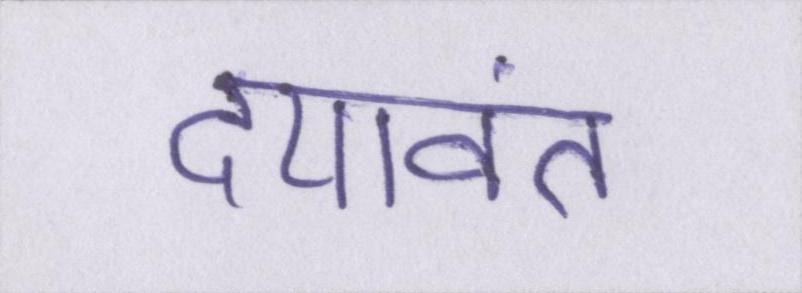
दयावंत